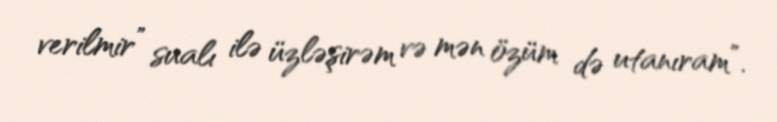
verilmir” sualı ilə üzləşirəm və mən özüm də utanıram”.